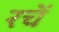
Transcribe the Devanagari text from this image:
रचें